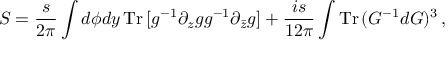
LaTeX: S = \frac { s } { 2 \pi } \int d \phi d y \, { \mathrm { T r } } \, [ g ^ { - 1 } \partial _ { z } g g ^ { - 1 } \partial _ { \bar { z } } g ] + \frac { i s } { 1 2 \pi } \int { \mathrm { T r } } \, ( G ^ { - 1 } d G ) ^ { 3 } \, ,